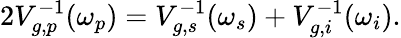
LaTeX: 2V_{g,p}^{-1}(\omega_{p})=V_{g,s}^{-1}(\omega_{s})+V_{g,i}^{-1}(\omega_{i}).